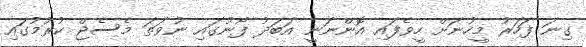
ގިނަ ފަހަރު މީހުނަށް ހީވެފައި އޮންނަނީ އަބަދު ފޯނުގައި ނުވަތަ މެސެޖް ކުރުމުގައި